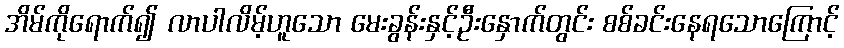
အိမ်ကိုရောက်၍ လာပါလိမ့်ဟူသော မေးခွန်းနှင့်ဦးနှောက်တွင်း စစ်ခင်းနေရသောကြောင့်